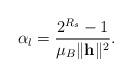
LaTeX: \begin{align*}\alpha_l = \frac{2^{R_s}-1}{\mu_B \|\mathbf{h}\|^2}.\end{align*}